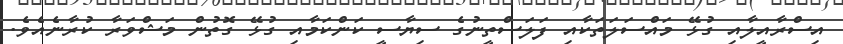
އިސްރާއީލާއި ގުޅޭ މައްސަލަތަކާއި ފަލަސްތީނުގެ ސިޔާސީ ކަންކަމާއި ގުޅޭ ގޮތުން މަޝްވަރާ ކުރާނެއެވެ.